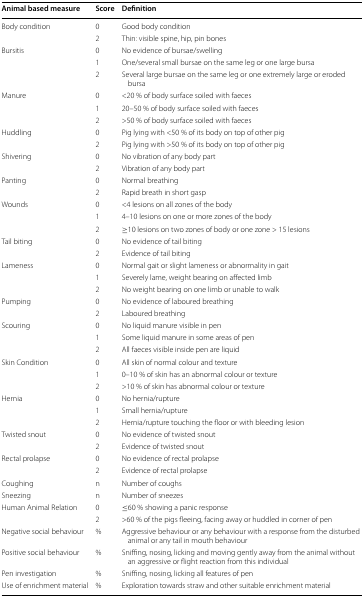
<table><thead><tr><td><b>Animal based measure</b></td><td><b>Score</b></td><td><b>Definition</b></td></tr></thead><tbody><tr><td>Body condition</td><td>0</td><td>Good body condition</td></tr><tr><td></td><td>2</td><td>Thin: visible spine, hip, pin bones</td></tr><tr><td>Bursitis</td><td>0</td><td>No evidence of bursae/swelling</td></tr><tr><td></td><td>1</td><td>One/several small bursae on the same leg or one large bursa</td></tr><tr><td></td><td>2</td><td>Several large bursae on the same leg or one extremely large or eroded bursa</td></tr><tr><td>Manure</td><td>0</td><td>&lt;20 % of body surface soiled with faeces</td></tr><tr><td></td><td>1</td><td>20–50 % of body surface soiled with faeces</td></tr><tr><td></td><td>2</td><td>&gt;50 % of body surface soiled with faeces</td></tr><tr><td>Huddling</td><td>0</td><td>Pig lying with &lt;50 % of its body on top of other pig</td></tr><tr><td></td><td>2</td><td>Pig lying with &gt;50 % of its body on top of other pig</td></tr><tr><td>Shivering</td><td>0</td><td>No vibration of any body part</td></tr><tr><td></td><td>2</td><td>Vibration of any body part</td></tr><tr><td>Panting</td><td>0</td><td>Normal breathing</td></tr><tr><td></td><td>2</td><td>Rapid breath in short gasp</td></tr><tr><td>Wounds</td><td>0</td><td>&lt;4 lesions on all zones of the body</td></tr><tr><td></td><td>1</td><td>4–10 lesions on one or more zones of the body</td></tr><tr><td></td><td>2</td><td>≥10 lesions on two zones of body or one zone &gt; 15 lesions</td></tr><tr><td>Tail biting</td><td>0</td><td>No evidence of tail biting</td></tr><tr><td></td><td>2</td><td>Evidence of tail biting</td></tr><tr><td>Lameness</td><td>0</td><td>Normal gait or slight lameness or abnormality in gait</td></tr><tr><td></td><td>1</td><td>Severely lame, weight bearing on affected limb</td></tr><tr><td></td><td>2</td><td>No weight bearing on one limb or unable to walk</td></tr><tr><td>Pumping</td><td>0</td><td>No evidence of laboured breathing</td></tr><tr><td></td><td>2</td><td>Laboured breathing</td></tr><tr><td>Scouring</td><td>0</td><td>No liquid manure visible in pen</td></tr><tr><td></td><td>1</td><td>Some liquid manure in some areas of pen</td></tr><tr><td></td><td>2</td><td>All faeces visible inside pen are liquid</td></tr><tr><td>Skin Condition</td><td>0</td><td>All skin of normal colour and texture</td></tr><tr><td></td><td>1</td><td>0–10 % of skin has an abnormal colour or texture</td></tr><tr><td></td><td>2</td><td>&gt;10 % of skin has abnormal colour or texture</td></tr><tr><td>Hernia</td><td>0</td><td>No hernia/rupture</td></tr><tr><td></td><td>1</td><td>Small hernia/rupture</td></tr><tr><td></td><td>2</td><td>Hernia/rupture touching the floor or with bleeding lesion</td></tr><tr><td>Twisted snout</td><td>0</td><td>No evidence of twisted snout</td></tr><tr><td></td><td>2</td><td>Evidence of twisted snout</td></tr><tr><td>Rectal prolapse</td><td>0</td><td>No evidence of rectal prolapse</td></tr><tr><td></td><td>2</td><td>Evidence of rectal prolapse</td></tr><tr><td>Coughing</td><td>n</td><td>Number of coughs</td></tr><tr><td>Sneezing</td><td>n</td><td>Number of sneezes</td></tr><tr><td>Human Animal Relation</td><td>0</td><td>≤60 % showing a panic response</td></tr><tr><td></td><td>2</td><td>&gt;60 % of the pigs fleeing, facing away or huddled in corner of pen</td></tr><tr><td>Negative social behaviour</td><td>%</td><td>Aggressive behaviour or any behaviour with a response from the disturbed animal or any tail in mouth behaviour</td></tr><tr><td>Positive social behaviour</td><td>%</td><td>Sniffing, nosing, licking and moving gently away from the animal without an aggressive or flight reaction from this individual</td></tr><tr><td>Pen investigation</td><td>%</td><td>Sniffing, nosing, licking all features of pen</td></tr><tr><td>Use of enrichment material</td><td>%</td><td>Exploration towards straw and other suitable enrichment material</td></tr></tbody></table>